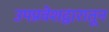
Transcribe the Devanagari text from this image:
उपप्रवेशद्वारातून